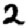
Digit: 2